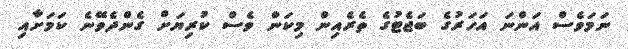
ނަމަވެސް އަންނަ އަހަރުގެ ބަޖެޓުގެ ތެރެއިން މިކަން ވެސް ކުރިޔަށް ގެންދެވޭނެ ކަމަށާއި